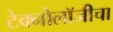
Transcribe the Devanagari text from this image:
टेक्नोलॉजीचा